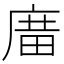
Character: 𢉱